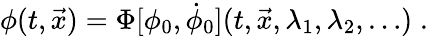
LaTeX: \phi(t,{\vec{x}})=\Phi[\phi_{0},\dot{\phi}_{0}](t,{\vec{x}},\lambda_{1},\lambda_{2},\dots)\; .